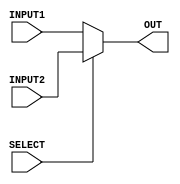
`timescale 1ns/100ps
// delay of 1 time unit  
// mux for the mux1,mux2 and mux4 in datapath, pcmux
module MUX_A(INPUT1, INPUT2, OUT, SELECT);

    input [31:0] INPUT1, INPUT2;
    input  SELECT;
    output [31:0] OUT;
    
    assign OUT = (SELECT) ? INPUT2 : INPUT1; 

endmodule

// mux for the mux3 in datapath
module MUX_B(INPUT1, INPUT2, INPUT3, SELECT, OUT);

    input [31:0] INPUT1, INPUT2, INPUT3;
    input [1:0] SELECT;
    output [31:0] OUT;
    
    assign OUT = (SELECT[1]) ? (SELECT[0]? 32'bx:INPUT3) : (SELECT[0]? INPUT2:INPUT1) ;

endmodule

module MUX_C(INPUT1, INPUT2, INPUT3, INPUT4, INPUT5, SELECT, OUT);
     
     //declare the ports
    input [31:0] INPUT1, INPUT2, INPUT3, INPUT4, INPUT5;
    input [2:0] SELECT;
    output reg [31:0] OUT;

    always @ (*) begin
        case (SELECT)
			3'b100: OUT = INPUT5;
            3'b011: OUT = INPUT4;
            3'b010: OUT = INPUT3;
            3'b001: OUT = INPUT2;
            default: OUT = INPUT1;
        endcase
    end

endmodule